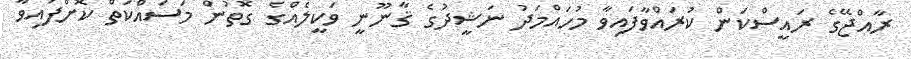
ރާއްޖޭގެ ރައީސްކަން ކުރައްވާފައިވާ މުހައްމަދު ނަޝީދުގެ ޤާނޫނީ ވަކީލެއްގެ ގޮތުން މަސައްކަތް ކޮށްފައިވާ